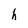
Character: h